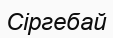
Сіргебай